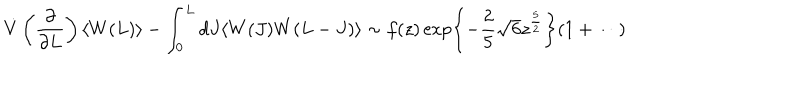
\dot { V } \left( \frac { \partial } { \partial L } \right) \langle W ( L ) \rangle - \int _ { 0 } ^ { L } d J \langle W ( J ) W ( L - J ) \rangle \sim f ( z ) \exp \left\{ - \frac { 2 } { 5 } \sqrt { 6 } z ^ { \frac { 5 } { 2 } } \right\} ( 1 + \cdots )